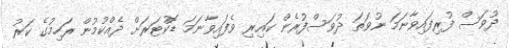
ދުވަސް ފުރިފައިވާނަމަ ނުވަތަ ދުވަސްފުރެން ކައިރި ވެފައިވާނަމަ ޑޮކުޓަރަށް ދެއްކުމުން ރަހިމުގެ ކަރު